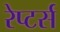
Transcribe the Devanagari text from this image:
रेप्‍टर्स